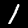
Label: 1